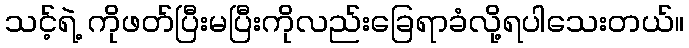
သင့်ရဲ့ ကိုဖတ်ပြီးမပြီးကိုလည်းခြေရာခံလို့ရပါသေးတယ်။